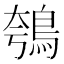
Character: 鴮